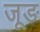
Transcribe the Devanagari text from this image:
जूङ